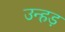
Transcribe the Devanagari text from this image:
उन्हड़